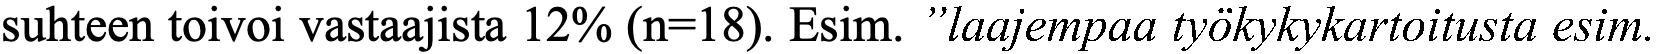
suhteen toivoi vastaajista 12% (n=18). Esim. ”laajempaa työkykykartoitusta esim.